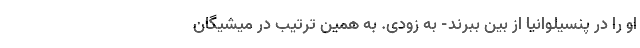
او را در پنسیلوانیا از بین ببرند- به زودی. به همین ترتیب در میشیگان